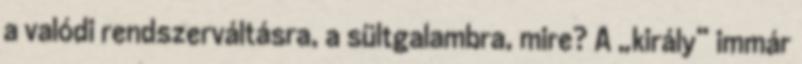
a valódi rendszer­váltásra, a sültgalambra, mire? A „király” immár